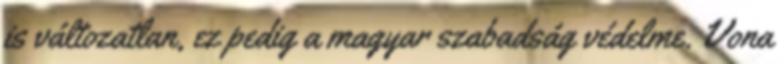
is változatlan, ez pedig a magyar szabadság védelme. Vona